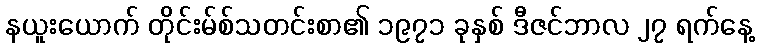
နယူးယောက် တိုင်းမ်စ်သတင်းစာ၏ ၁၉၇၁ ခုနှစ် ဒီဇင်ဘာလ ၂၇ ရက်နေ့